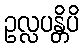
ဥလ္လပန္တိပိ